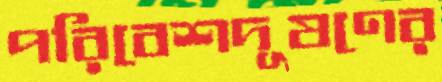
পরিবেশদূষণের